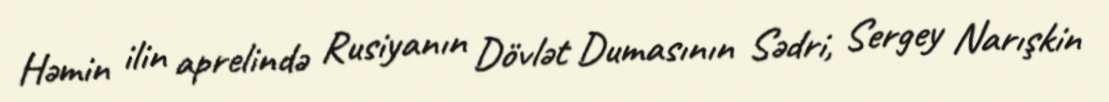
Həmin ilin aprelində Rusiyanın Dövlət Dumasının Sədri, Sergey Narışkin